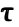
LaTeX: \pmb{\uptau}